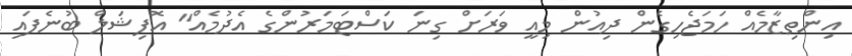
އިންތިޒާމެއް ހަމަޖެހިގެން ދިއުން މިއީ ވަރަށް ގިނަ ކަސްޓަމަރުންގެ އެދުމެއް" އޮފިޝަލް ބުނެފައި